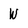
Character: W